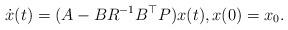
LaTeX: \begin{align*}\dot{x}(t) = (A-BR^{-1}B^{\top}P)x(t) ,x(0) =x_0.\end{align*}